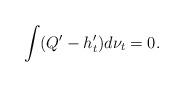
LaTeX: \begin{align*}\int (Q'-h_{t}')d\nu_{t}=0.\end{align*}